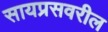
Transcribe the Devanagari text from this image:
सायप्रसवरील